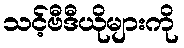
သင့်ဗီဒီယိုများကို